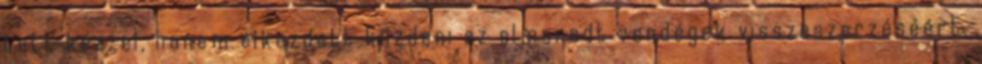
tett kézzel, hanem elkezdett kűzdeni az elmaradt vendégek visszaszerzéséért.